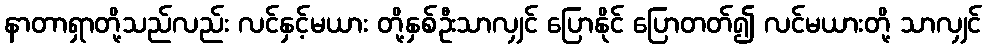
နာတာရှာတို့သည်လည်း လင်နှင့်မယား တို့နှစ်ဦးသာလျှင် ပြောနိုင် ပြောတတ်၍ လင်မယားတို့ သာလျှင်